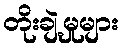
တိုးချဲ့မှုများ